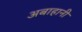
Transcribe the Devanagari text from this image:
अबाहानी